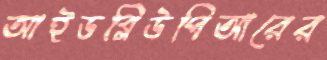
আইডব্লিউপিআরের